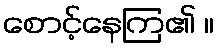
စောင့်နေကြ၏ ။